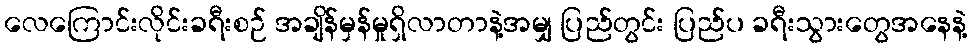
လေကြောင်းလိုင်းခရီးစဉ် အချိန်မှန်မှုရှိလာတာနဲ့အမျှ ပြည်တွင်း ပြည်ပ ခရီးသွားတွေအနေနဲ့